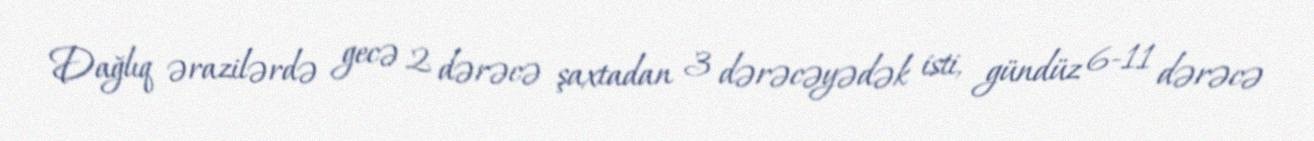
Dağlıq ərazilərdə gecə 2 dərəcə şaxtadan 3 dərəcəyədək isti, gündüz 6-11 dərəcə